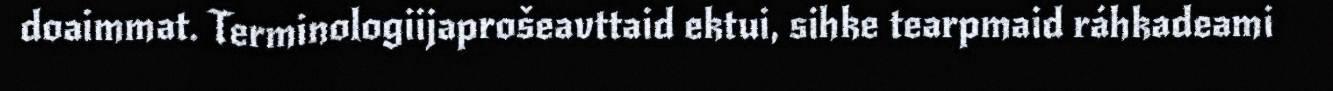
doaimmat. Terminologiijaprošeavttaid ektui, sihke tearpmaid ráhkadeami